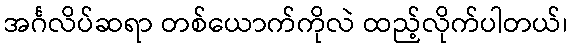
အင်္ဂလိပ်ဆရာ တစ်ယောက်ကိုလဲ ထည့်လိုက်ပါတယ်၊